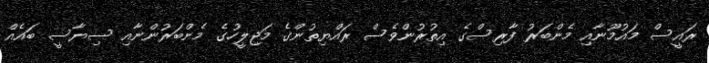
ރައީސް މައުމޫނާއި މެންބަރު ފާރިސްގެ އިތުރުންވެސް ރައްޔިތުންގެ މަޖިލީހުގެ މެންބަރުންނާއި ސިޔާސީ ބައެއް